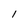
Character: 1